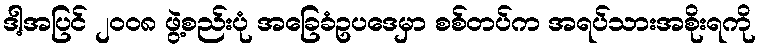
ဒါ့အပြင် ၂၀၀၈ ဖွဲ့စည်းပုံ အခြေခံဥပဒေမှာ စစ်တပ်က အရပ်သားအစိုးရကို